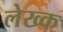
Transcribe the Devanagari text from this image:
लेख्क